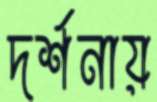
দর্শনায়